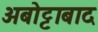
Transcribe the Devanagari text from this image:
अबोट्टाबाद